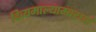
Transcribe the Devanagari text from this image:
दिव्यमाल्याम्बरधरं